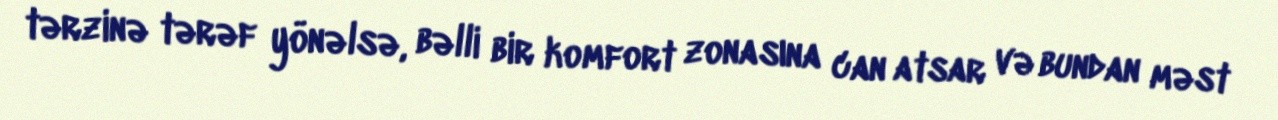
tərzinə tərəf yönəlsə, bəlli bir komfort zonasına can atsar və bundan məst